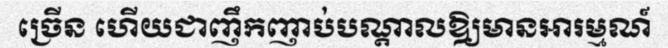
ច្រើន ហើយជាញឹកញាប់បណ្តាលឱ្យមានអារម្មណ៍